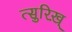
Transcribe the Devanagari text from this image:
त्सुरिख़्